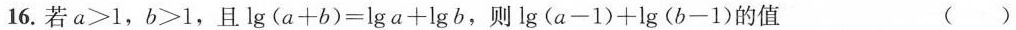
16. 若$$a > 1$$，$$b > 1$$，且$$l g ( a + b ) = l g a + l g b$$，则$$l g ( a - 1 ) + l g ( b - 1 ) 的值 ( )